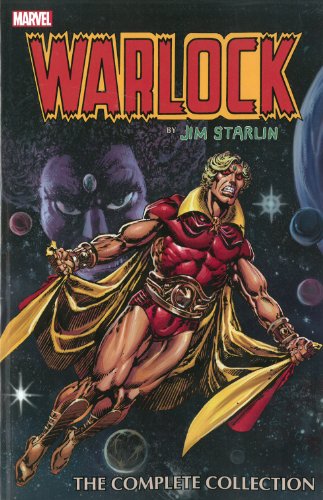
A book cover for Warlock by Jim Starlin: The Complete Collection; Jim Starlin; Children's Books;